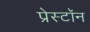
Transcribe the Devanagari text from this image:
प्रेस्टॉन